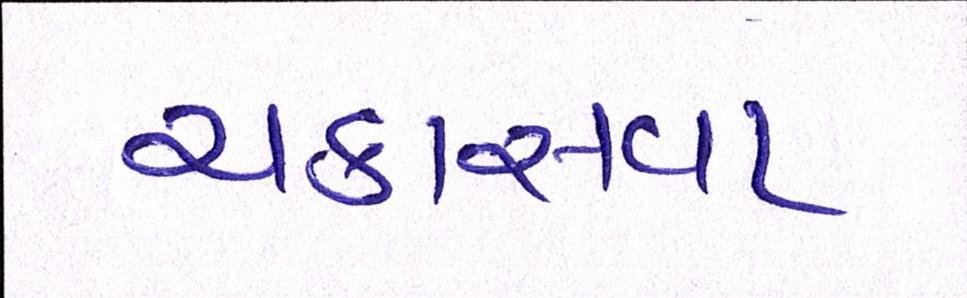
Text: ચકાસવા